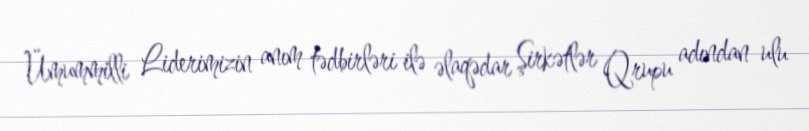
Ümummilli Liderimizin anım tədbirləri ilə əlaqədar Şirkətlər Qrupu adından ulu